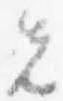
先